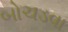
બોચડવા